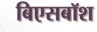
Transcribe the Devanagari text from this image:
बिएसबॉश